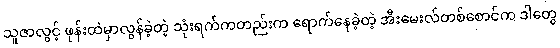
သူဇာလွင့် ဖုန်းထဲမှာလွန်ခဲ့တဲ့ သုံးရက်ကတည်းက ရောက်နေခဲ့တဲ့ အီးမေးလ်တစ်စောင်က ဒါတွေ